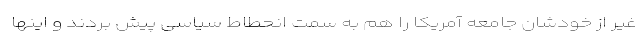
غیر از خودشان جامعه آمریکا را هم به سمت انحطاط سیاسی پیش بردند و اینها